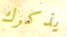
يذكرك